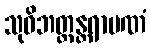
သုဝိဘတ္တန္တရာပဏံ